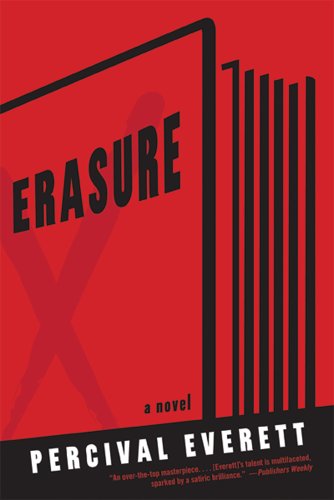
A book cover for Erasure: A Novel; Percival Everett; Literature & Fiction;